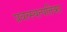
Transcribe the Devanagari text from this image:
प्रवत्स्यत्पतिका